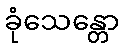
ခုံသေန္တော